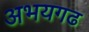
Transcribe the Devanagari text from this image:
अभयगढ